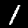
Label: 1